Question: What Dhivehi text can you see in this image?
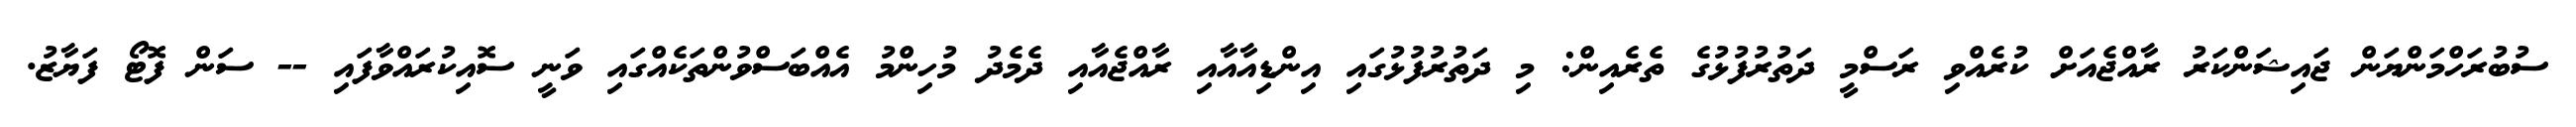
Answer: ސުބުރަހްމަންޔަން ޖައިޝަންކަރު ރާއްޖެއަށް ކުރެއްވި ރަސްމީ ދަތުރުފުޅުގެ ތެރެއިން: މި ދަތުރުފުޅުގައި އިންޑިއާއާއި ރާއްޖެއާއި ދެމެދު މުހިންމު އެއްބަސްވުންތަކެއްގައި ވަނީ ސޮއިކުރައްވާފައި -- ސަން ފޮޓޯ ފަޔާޒު.